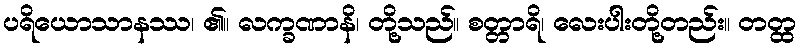
ပရိယောသာနဿ၊ ၏။ လက္ခဏာနိ၊ တို့သည်။ စတ္တာရိ၊ လေးပါးတို့တည်း။ တတ္ထ